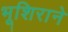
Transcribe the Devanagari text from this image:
भूशिराने